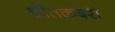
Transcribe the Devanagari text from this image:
चीतकबरा